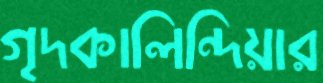
গৃদকালিন্দিয়ার